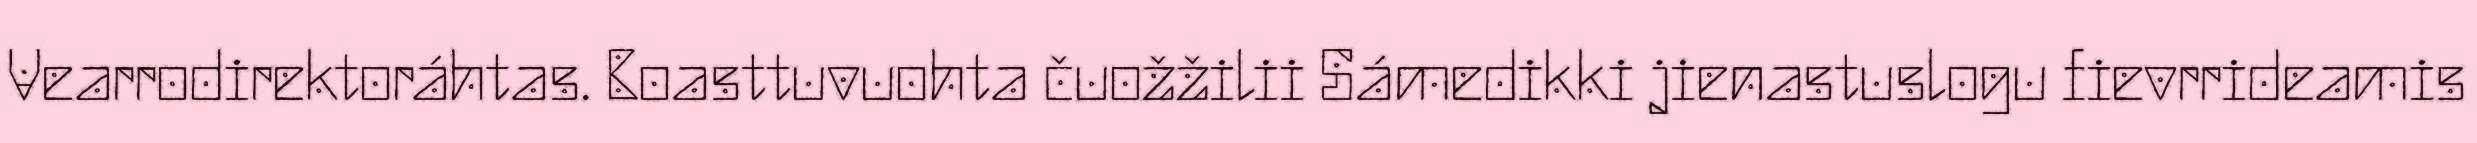
Vearrodirektoráhtas. Boasttuvuohta čuožžilii Sámedikki jienastuslogu fievrrideamis